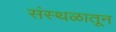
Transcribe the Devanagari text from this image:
संस्थळातून